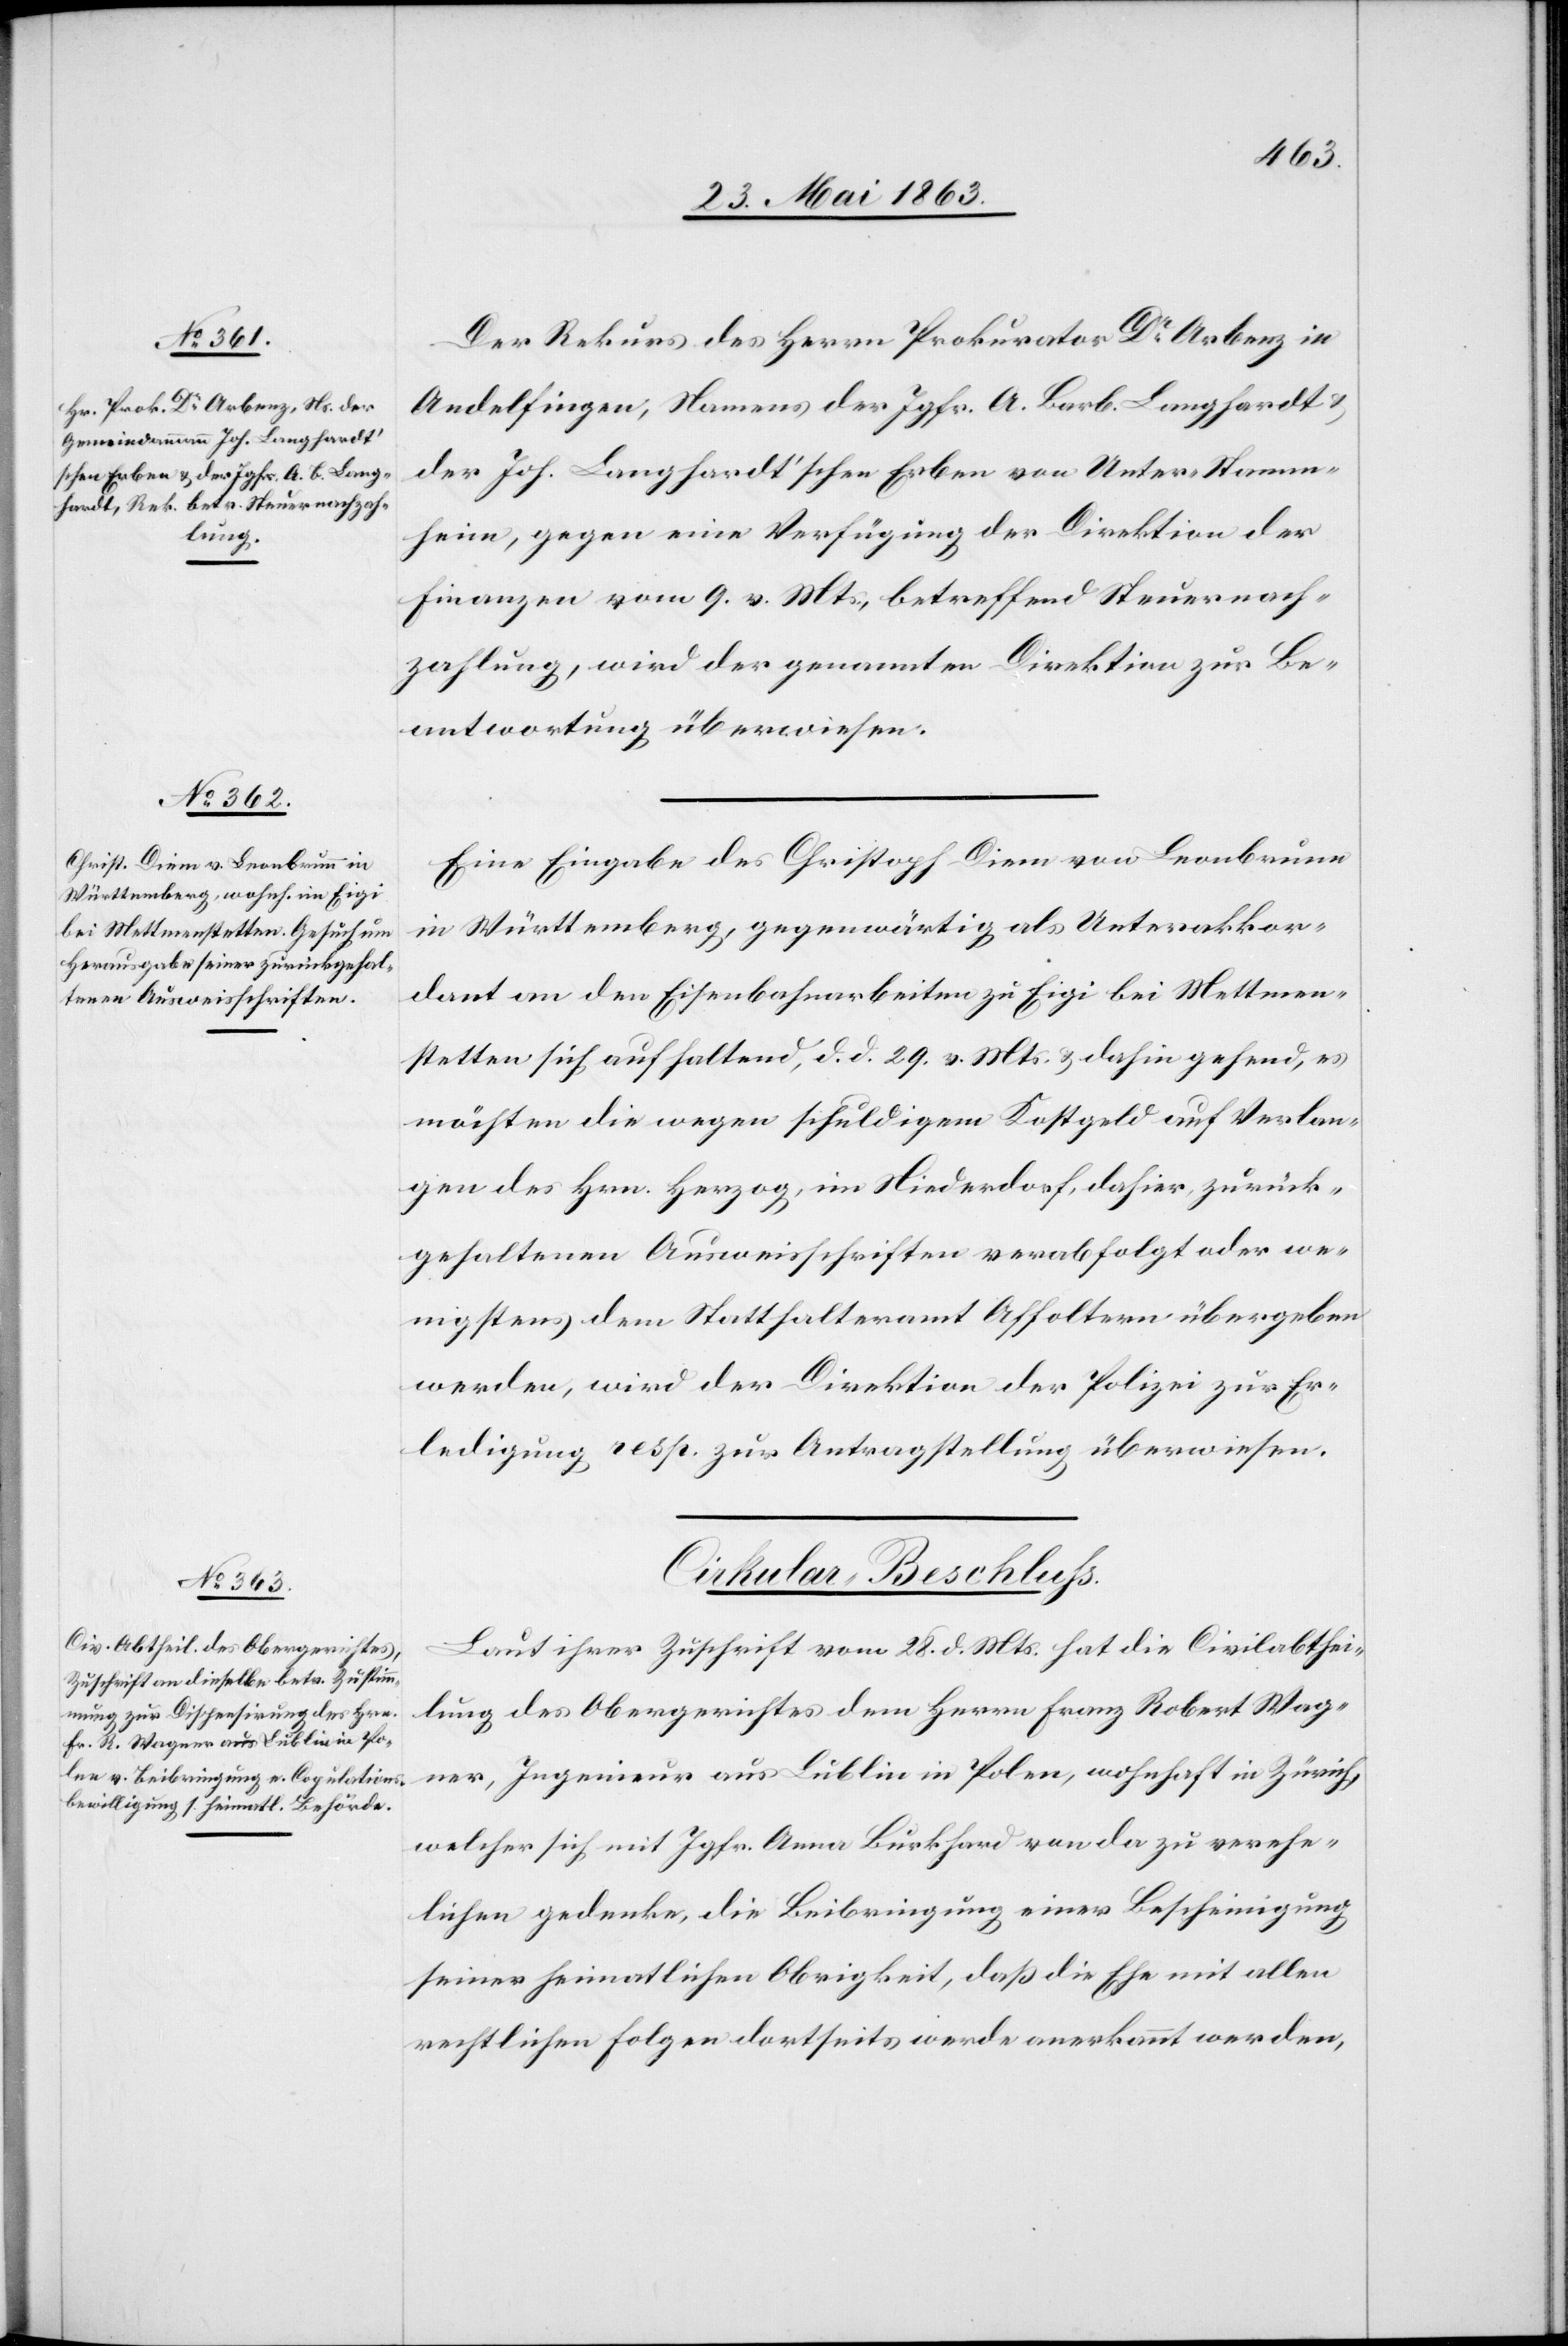
Der Rekurs des Herrn Prokurator Dr Arbenz in
Andelfingen, Namens der Jgfr. A. Barb. Langhardt
der Joh. Langhardt'schen Erben von Unter-Stamm¬
heim, gegen eine Verfügung der Direktion der
Finanzen vom 9. v. Mts., betreffend Steuernach¬
zahlung, wird der genannten Direktion zur Be¬
antwortung überwiesen.
Eine Eingabe des Christoph Diem von Leonbrunn
in Württemberg, gegenwärtig als Unterakkor¬
dant an den Eisenbahnarbeiten zu Eigi bei Mettmen¬
stetten sich aufhaltend, d. d. 29. v. Mts. & dahin gehend, es
möchten die wegen schuldigem Kostgeld auf Verlan¬
gen des Hrn. Herzog, im Niederdorf, dahier, zurück¬
gehaltenen Ausweisschriften verabfolgt oder we¬
nigstens dem Statthalteramt Affoltern übergeben
werden, wird der Direktion der Polizei zur Er¬
ledigung resp. zur Antragstellung überwiesen.
Cirkular-Beschluß.
Laut ihrer Zuschrift vom 28. d. Mts. hat die Civilabthei¬
lung des Obergerichtes dem Herrn Franz Robert Wag¬
ner, Ingenieur aus Lublin in Polen, wohnhaft in Zürich,
welcher sich mit Jgfr. Anna Burkhard von da zu verehe¬
lichen gedenke, die Beibringung einer Bescheinigung
seiner heimatlichen Obrigkeit, daß die Ehe mit allen
rechtlichen Folgen dortseits werde anerkannt werden,